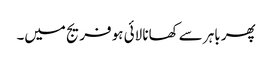
پھر باہر سے کھانا لائی ہو فریج میں۔